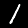
Digit: 1